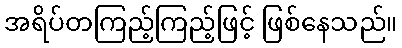
အရိပ်တကြည့်ကြည့်ဖြင့် ဖြစ်နေသည်။